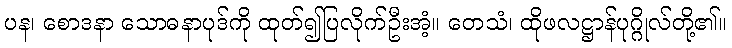
ပန၊ စောဒနာ သောဓနာပုဒ်ကို ထုတ်၍ပြလိုက်ဦးအံ့။ တေသံ၊ ထိုဖလဋ္ဌာန်ပုဂ္ဂိုလ်တို့၏။